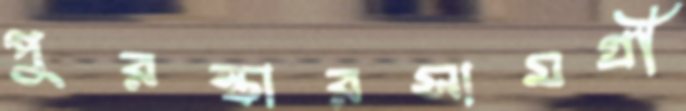
পুরস্কারসামগ্রী